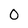
Character: 0